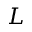
L